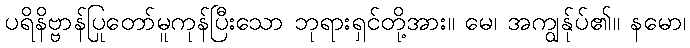
ပရိနိဗ္ဗာန်ပြုတော်မူကုန်ပြီးသော ဘုရားရှင်တို့အား။ မေ၊ အကျွန်ုပ်၏။ နမော၊